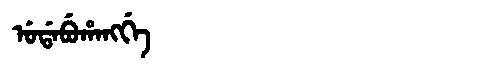
Manchu: ᡠᡩᠠᠪᡠᡥᠠᠩᡤᡝ
Romanization: UDABUHANGGE